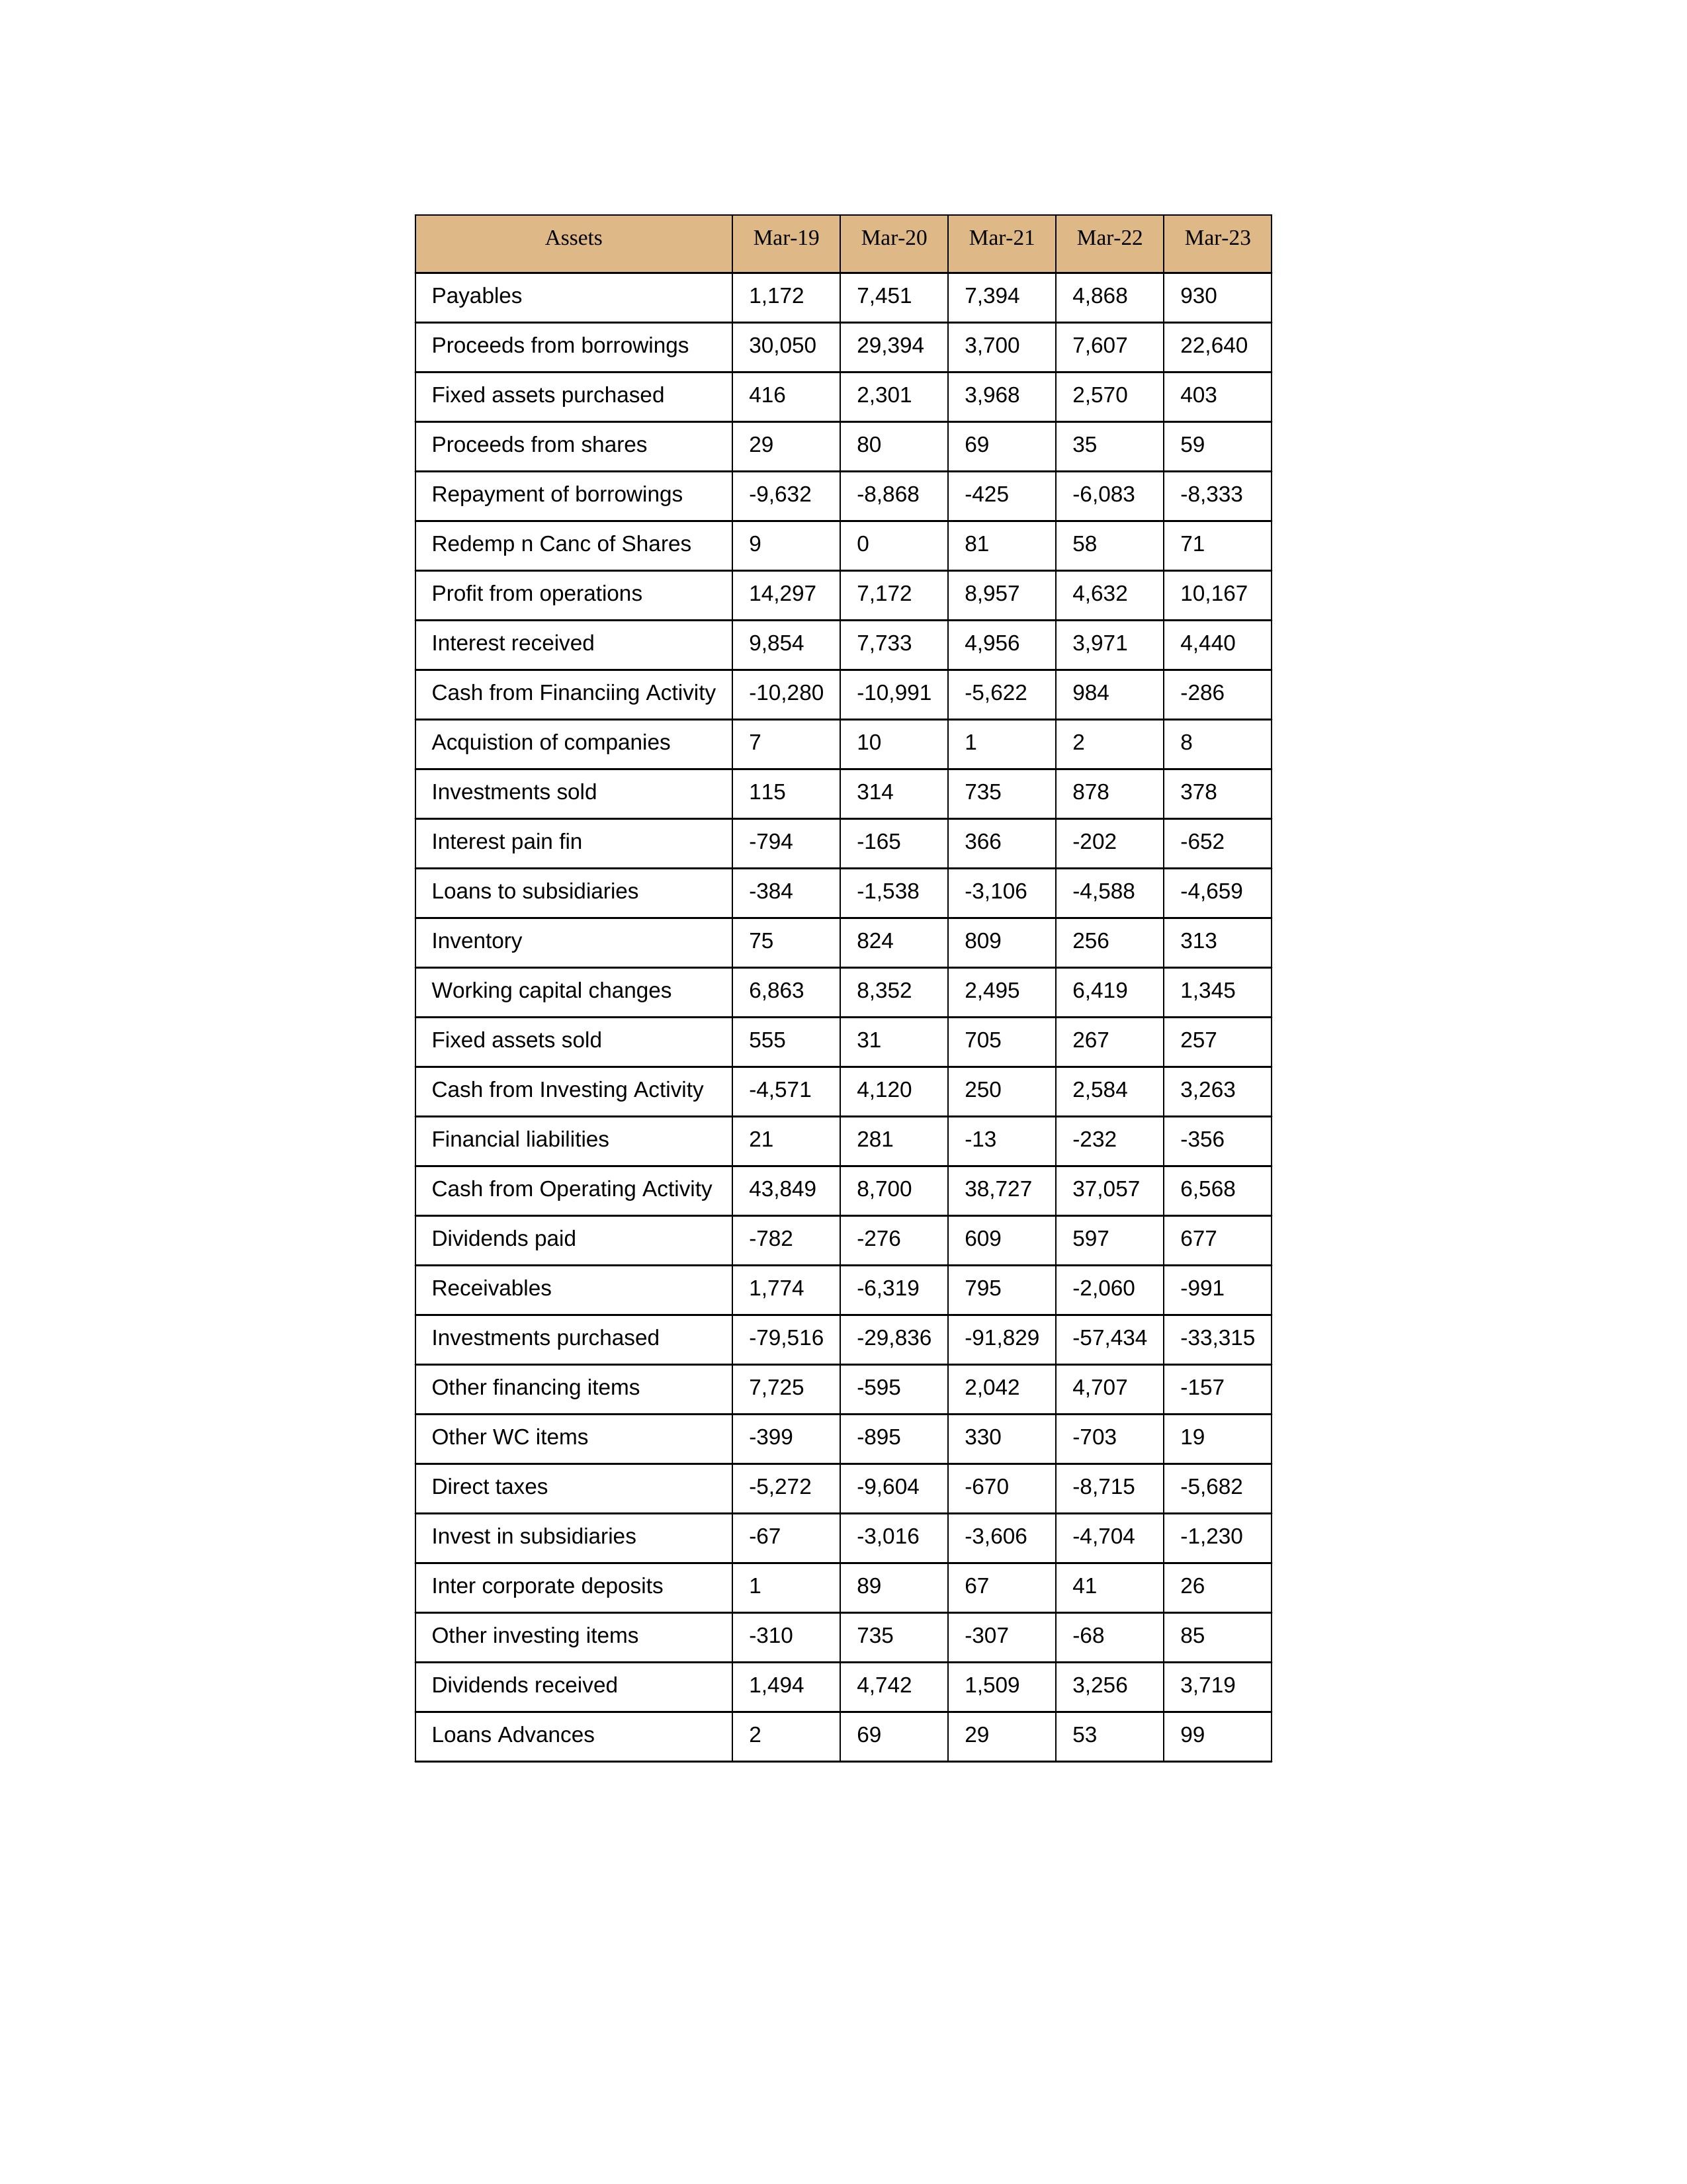
gt_parse: Mar-19: Cash from Operating Activity: 43,849
Profit from operations: 14,297
Receivables: 1,774
Inventory: 75
Payables: 1,172
Loans Advances: 2
Other WC items: -399
Working capital changes: 6,863
Direct taxes: -5,272
Cash from Investing Activity: -4,571
Fixed assets purchased: 416
Fixed assets sold: 555
Investments purchased: -79,516
Investments sold: 115
Interest received: 9,854
Dividends received: 1,494
Invest in subsidiaries: -67
Loans to subsidiaries: -384
Redemp n Canc of Shares: 9
Acquistion of companies: 7
Inter corporate deposits: 1
Other investing items: -310
Cash from Financiing Activity: -10,280
Proceeds from shares: 29
Proceeds from borrowings: 30,050
Repayment of borrowings: -9,632
Interest pain fin: -794
Dividends paid: -782
Financial liabilities: 21
Other financing items: 7,725
Mar-20: Cash from Operating Activity: 8,700
Profit from operations: 7,172
Receivables: -6,319
Inventory: 824
Payables: 7,451
Loans Advances: 69
Other WC items: -895
Working capital changes: 8,352
Direct taxes: -9,604
Cash from Investing Activity: 4,120
Fixed assets purchased: 2,301
Fixed assets sold: 31
Investments purchased: -29,836
Investments sold: 314
Interest received: 7,733
Dividends received: 4,742
Invest in subsidiaries: -3,016
Loans to subsidiaries: -1,538
Redemp n Canc of Shares: 0
Acquistion of companies: 10
Inter corporate deposits: 89
Other investing items: 735
Cash from Financiing Activity: -10,991
Proceeds from shares: 80
Proceeds from borrowings: 29,394
Repayment of borrowings: -8,868
Interest pain fin: -165
Dividends paid: -276
Financial liabilities: 281
Other financing items: -595
Mar-21: Cash from Operating Activity: 38,727
Profit from operations: 8,957
Receivables: 795
Inventory: 809
Payables: 7,394
Loans Advances: 29
Other WC items: 330
Working capital changes: 2,495
Direct taxes: -670
Cash from Investing Activity: 250
Fixed assets purchased: 3,968
Fixed assets sold: 705
Investments purchased: -91,829
Investments sold: 735
Interest received: 4,956
Dividends received: 1,509
Invest in subsidiaries: -3,606
Loans to subsidiaries: -3,106
Redemp n Canc of Shares: 81
Acquistion of companies: 1
Inter corporate deposits: 67
Other investing items: -307
Cash from Financiing Activity: -5,622
Proceeds from shares: 69
Proceeds from borrowings: 3,700
Repayment of borrowings: -425
Interest pain fin: 366
Dividends paid: 609
Financial liabilities: -13
Other financing items: 2,042
Mar-22: Cash from Operating Activity: 37,057
Profit from operations: 4,632
Receivables: -2,060
Inventory: 256
Payables: 4,868
Loans Advances: 53
Other WC items: -703
Working capital changes: 6,419
Direct taxes: -8,715
Cash from Investing Activity: 2,584
Fixed assets purchased: 2,570
Fixed assets sold: 267
Investments purchased: -57,434
Investments sold: 878
Interest received: 3,971
Dividends received: 3,256
Invest in subsidiaries: -4,704
Loans to subsidiaries: -4,588
Redemp n Canc of Shares: 58
Acquistion of companies: 2
Inter corporate deposits: 41
Other investing items: -68
Cash from Financiing Activity: 984
Proceeds from shares: 35
Proceeds from borrowings: 7,607
Repayment of borrowings: -6,083
Interest pain fin: -202
Dividends paid: 597
Financial liabilities: -232
Other financing items: 4,707
Mar-23: Cash from Operating Activity: 6,568
Profit from operations: 10,167
Receivables: -991
Inventory: 313
Payables: 930
Loans Advances: 99
Other WC items: 19
Working capital changes: 1,345
Direct taxes: -5,682
Cash from Investing Activity: 3,263
Fixed assets purchased: 403
Fixed assets sold: 257
Investments purchased: -33,315
Investments sold: 378
Interest received: 4,440
Dividends received: 3,719
Invest in subsidiaries: -1,230
Loans to subsidiaries: -4,659
Redemp n Canc of Shares: 71
Acquistion of companies: 8
Inter corporate deposits: 26
Other investing items: 85
Cash from Financiing Activity: -286
Proceeds from shares: 59
Proceeds from borrowings: 22,640
Repayment of borrowings: -8,333
Interest pain fin: -652
Dividends paid: 677
Financial liabilities: -356
Other financing items: -157